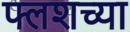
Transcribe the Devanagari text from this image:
फ्लशच्या